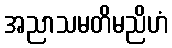
အညာသမတိမညိဟံ